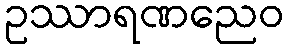
ဥဿာရဏညေဝ